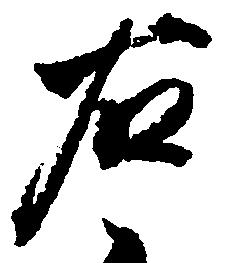
右